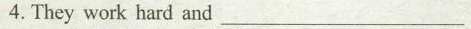
4. They work hard and _________